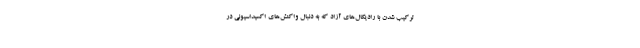
ترکیب شدن با رادیکال‌های آزاد که به دنبال واکنش‌های اکسیداسیونی در